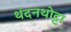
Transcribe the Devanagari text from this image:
थंदनथोट्टा